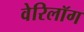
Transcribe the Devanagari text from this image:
वेरिलॉग